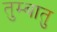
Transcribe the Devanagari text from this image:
तुम्बातु